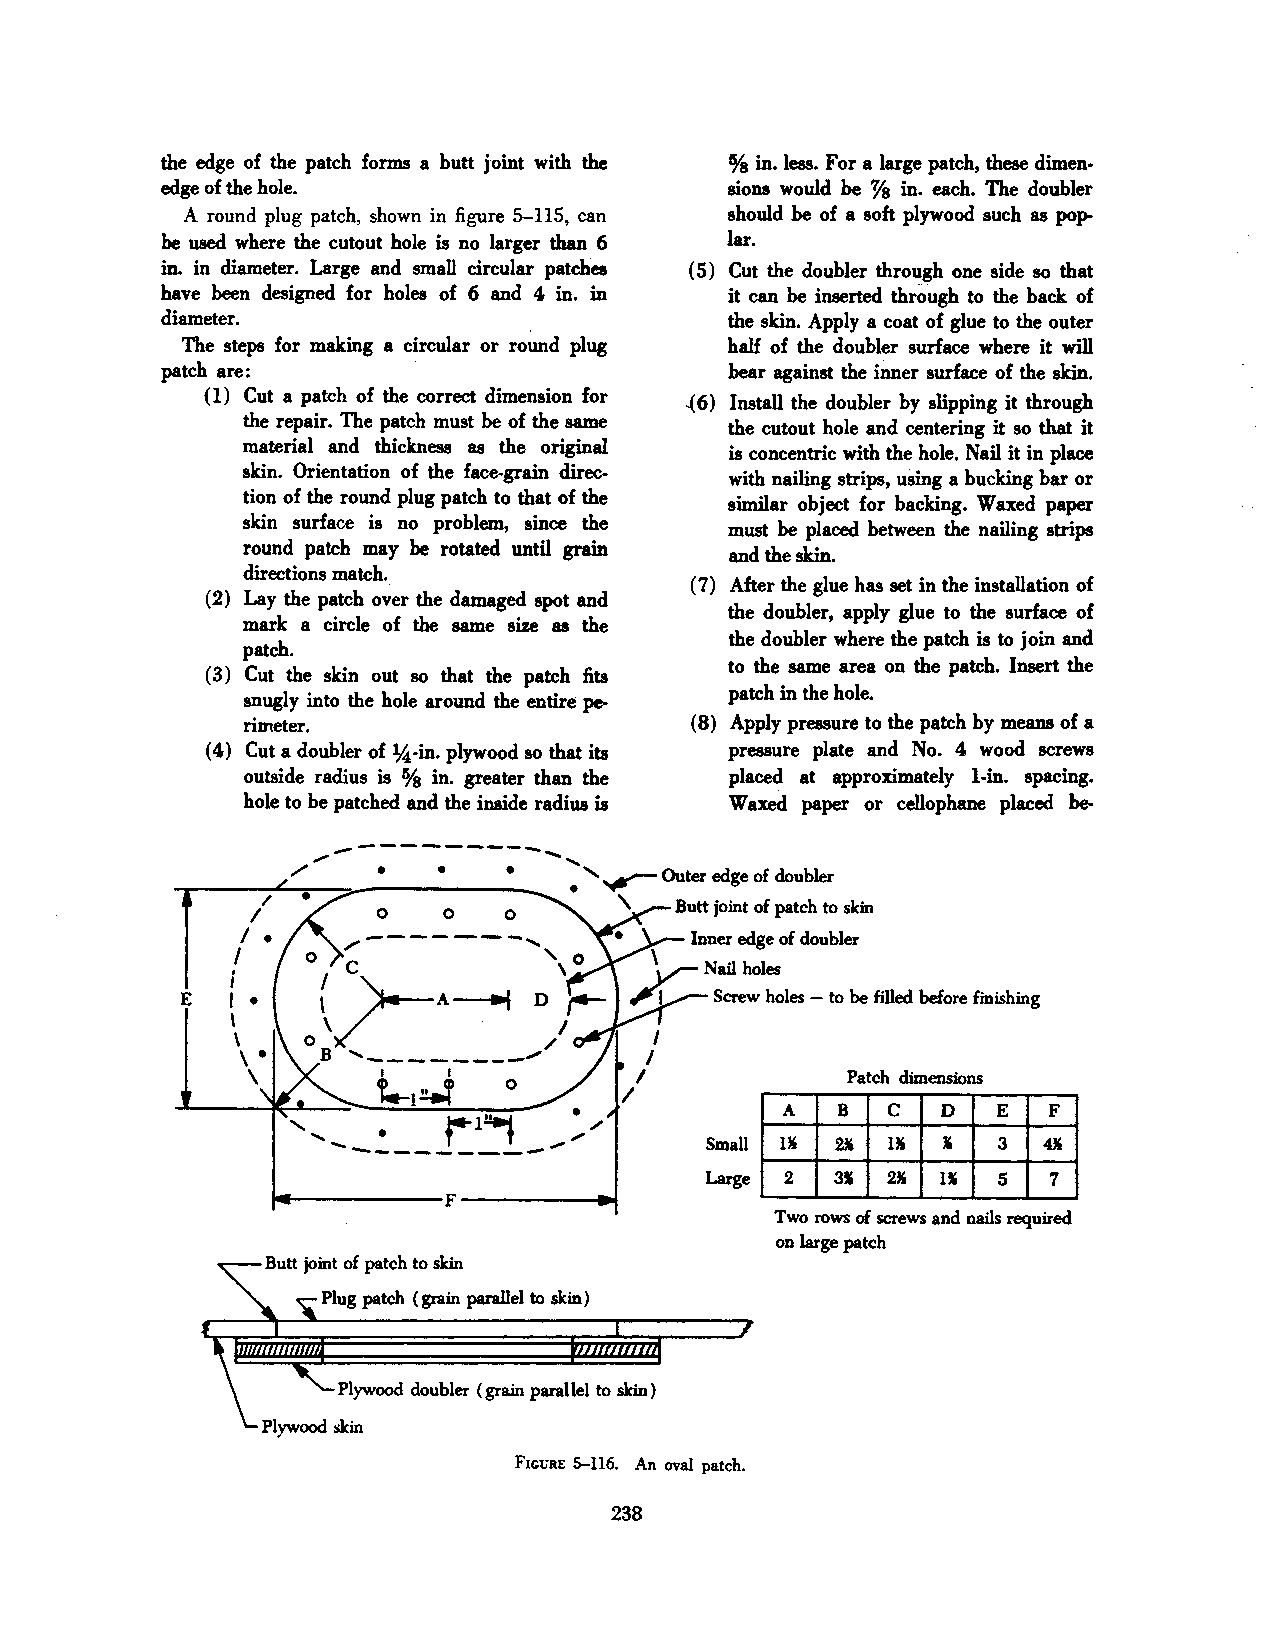
the edge of the patch forms a butt joint with the %in. less. For a large patch, these dimen
 edge of the hole.                     sions would be % in. each. The doubler
 A round plug patch, shown in figure 5-115, can should be of a soft plywood auch as pop
 be used where the cutout hole is no larger than 6 lar.
 in. in diameter. Large and small circular patches ( 5) Cut the doubler through one side 80 that
 have been designed for holes of 6 and 4 in. in it can be inserted through to the back of
 diameter.                             the skin. Apply a coat of glue to the outer
 The steps for making a circular or round plug half of the doubler surface where it will
 patch are:                            bear against the inner surface of the skin.
 (1) Cut a patch of the correct dimension for
 -( 6) Install the doubler by slipping it through
 the repair. The patch must be of the same the cutout hole and centering it so that it
 material and thickness as the original
 is concentric with the hole. Nail it in place
 skin. Orientation of the face-grain direc
 with nailing strips, uSing a bucking bar or
 tion of the round plug patch to that of the
 similar object for backing. Waxed paper
 skin surface is no problem, since the must be placed between the nailing strips
 round patch may be rotated until grain
 and the skin.
 directions match.
 (7) After the glue has set in the installation of
 (2) Lay the patch over the damaged spot and
 the doubler, apply glue to the surface of
 mark a circle of the same size as the
 the doubler where the patch is to join and
 patch.
 to the same area on the patch. Insert the
 (3) Cut the skin out 80 that the patch fits
 patch in the hole.
 snugly into the hole around the entire pe
 rimeter.                     (8) Apply pressure to the patch by means of a
 (4) Cut a doubler of JA·in. plywood 80 that its pressure plate and No. 4 wood screws
 outside radius is % in. greater than the placed at approximately l-in. spacing.
 hole to be patched and the inside radius is Waxed paper or cellophane placed be-
 """',.,...--------
 ,
 ............
 /    •   •    •   •' ..,....-Outer
 edge of doubler
 '   Butt joint of patch to skin
 0    0   0
 loner edge of doubler
 \  Nail holes
 ~
 E                                   Screw holes - to be filled before finishing
 I   I                          Patch dimensions
 0
 _t._._l_~ ___
 '....... .        .,"'          A   B  c   D  E   F
 ............. r-1~
 __.;'       Small 1" .u 1"  l   3  ""
 ·Large 2 31 .u  11  5  7
 ~-----------F----------~
 Two rows of screws and nails required
 on large patch
 Butt joint of patch to skin
 Plug patch (grain parallel to skin)
 Plywood doubler (grain parallel to skin)
 FrcURE 5-116. An oval patch.
 238